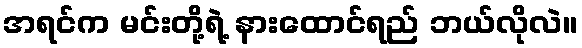
အရင်က မင်းတို့ရဲ့ နားထောင်ရည် ဘယ်လိုလဲ။